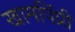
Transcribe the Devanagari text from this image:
खामपिंप्री